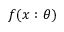
f ( x : \theta )